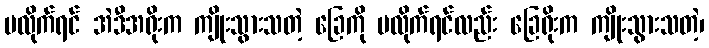
မလိုက်ရင် အဲဒီအရိုးက ကျိုးသွားသတဲ့ ခြေကို မလိုက်ရင်လည်း ခြေရိုးက ကျိုးသွားသတဲ့၊